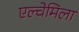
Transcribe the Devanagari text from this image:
एल्चेमिला